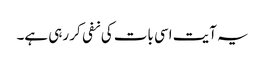
یہ آیت اسی بات کی نفی کر رہی ہے۔